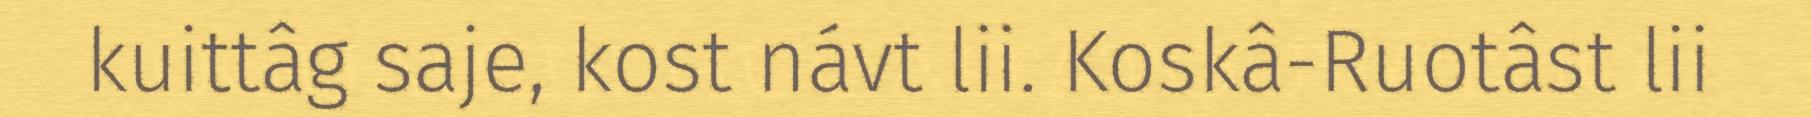
kuittâg saje, kost návt lii. Koskâ-Ruotâst lii